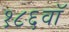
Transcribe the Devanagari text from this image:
१८६वॉ